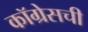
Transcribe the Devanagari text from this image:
कॉग्रेसची